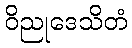
ဝိညုဒေသိတံ